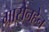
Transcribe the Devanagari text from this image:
ग्रासेनहेन